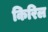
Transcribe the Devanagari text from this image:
किरिल